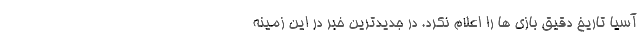
آسیا تاریخ دقیق بازی ها را اعلام نکرد. در جدیدترین خبر در این زمینه